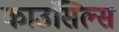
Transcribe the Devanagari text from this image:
काउंसिल्स